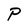
Character: P